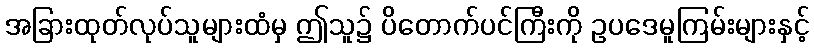
အခြားထုတ်လုပ်သူများထံမှ ဤသူ၌ ပိတောက်ပင်ကြီးကို ဥပဒေမူကြမ်းများနှင့်